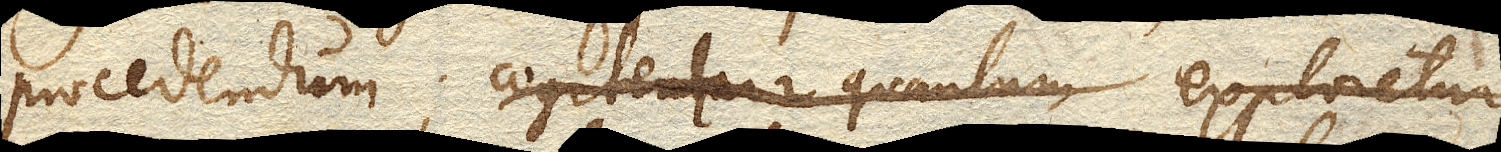
procedendum: cogitentur quantum exploretur